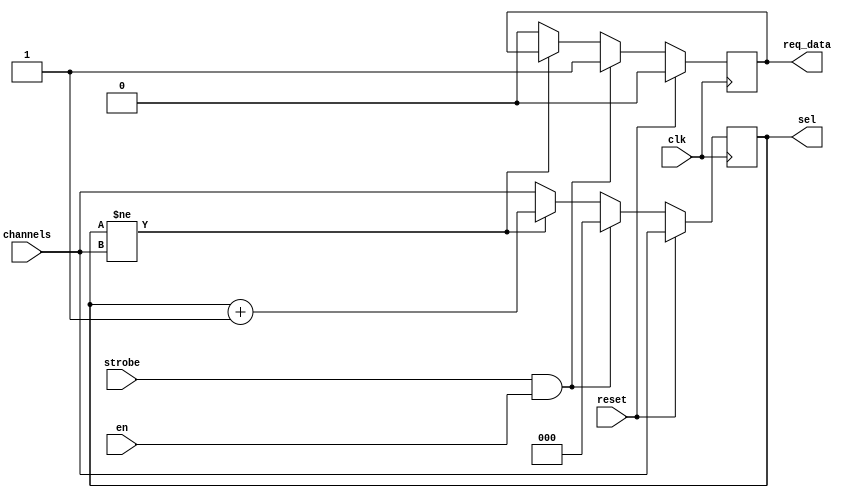
module ch_sel
(
	input wire clk,
	input wire reset,
	input wire strobe,
	input wire en,
	output reg req_data,
	input [2:0] channels,
	output reg [2:0] sel
);

//localparam IDLE  = 1'b0;
//localparam COUNT = 1'b1;
//reg state;

wire data_enable = strobe && en;

always @(posedge clk) begin
	if(reset)
	begin
		sel <= channels;
		req_data <= 1'b0;
	end
	else if(data_enable) begin
		sel <= 3'd0;
		req_data <= 1'b1;
	end
	else if (sel != channels)
		sel <= sel + 3'd1;
	else begin
		sel <= channels;
		req_data <= 1'b0;
	end
end

endmodule
	//always @( posedge clk or posedge reset ) begin
	//if( reset ) 
		//begin
		//state <= IDLE;
		//sel <= 0;
		//req_data <= 1'b0;
		//end
		//else 
			//begin
			//case( state )
			//IDLE: begin
			//sel <= 0;
			//state <= data_enable ? COUNT : IDLE;
			//req_data <= data_enable ? 1'b1 : 1'b0;
			//end
			//COUNT: begin
			//sel <= sel + 3'd1;
			//state <= sel == channels ? IDLE : COUNT;
			//end
			//endcase
			//end
			//end
			//endmodule


			//always @(posedge clk)
			//begin
			//if(reset)
				//begin
				//sel <= channels;
				//req_data <= 1'b0;
				//end
				//else if( data_enable )
					//begin
					//sel <= 3'd0;
					//req_data <= 1'b1;
					//end
					//else if (sel != channels)
						//sel <= sel + 3'd1;
						//else
							//begin
							//sel <= channels;
							//req_data <= 1'b0;
							//end
							//end